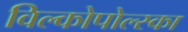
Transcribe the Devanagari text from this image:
विल्कोपोल्स्का